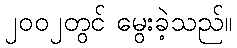
၂၀၀၂တွင် မွေးခဲ့သည်။